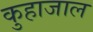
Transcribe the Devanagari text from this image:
कुहाजाल